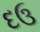
દઉ